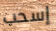
إسحب